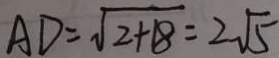
A D = \sqrt { 2 + 1 8 } = 2 \sqrt { 5 }